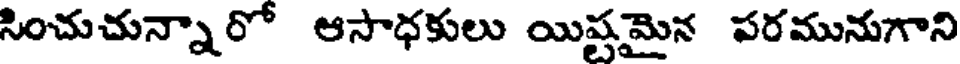
సించుచున్నారో ఆసాధకులు యిష్టమైన పరమునుగాని